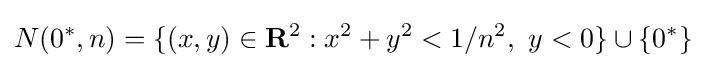
N(0^{*},n)=\{(x,y)\in {\mathbf {R} }^{2}:x^{2}+y^{2}<1/n^{2},\ y<0\}\cup \{0^{*}\}